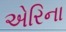
એરિના